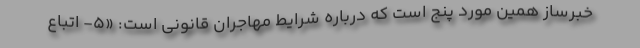
خبرساز همین مورد پنج است که درباره شرایط مهاجران قانونی است: «۵- اتباع